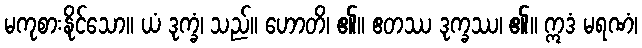
မကုစားနိုင်သော။ ယံ ဒုက္ခံ၊ သည်။ ဟောတိ၊ ၏။ ဧတဿ ဒုက္ခဿ၊ ၏။ ဣဒံ မရဏံ၊